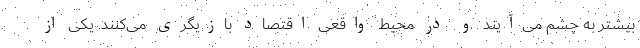
بیشتر به چشم می‌آیند و در محیط واقعی اقتصاد بازیگری می‌کنند. یکی از